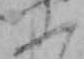
ふ